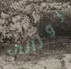
روزالي